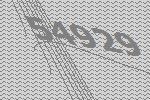
54929